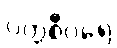
ပတ္တစီဝရေ